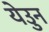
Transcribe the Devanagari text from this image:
येउुन